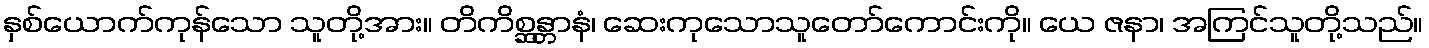
နှစ်ယောက်ကုန်သော သူတို့အား။ တိကိစ္ဆန္တာနံ၊ ဆေးကုသောသူတော်ကောင်းကို။ ယေ ဇနာ၊ အကြင်သူတို့သည်။